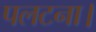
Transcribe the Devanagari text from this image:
पलटना।